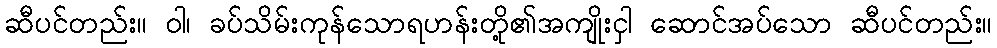
ဆီပင်တည်း။ ဝါ၊ ခပ်သိမ်းကုန်သောရဟန်းတို့၏အကျိုးငှါ ဆောင်အပ်သော ဆီပင်တည်း။